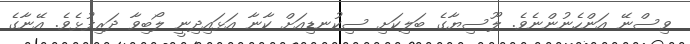
ވިސްނޭ އަންހެނުންނެވެ. ލޫސިޔާގެ ބަލިކަށި ސިކުނޑިއަށް ކާނާ އަޅައިދިނީ ލޯބިވާ ދަރިފުޅެވެ. އޭނާގެ